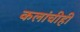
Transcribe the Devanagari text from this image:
कलांचीही